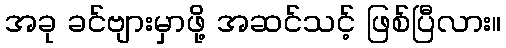
အခု ခင်ဗျားမှာဖို့ အဆင်သင့် ဖြစ်ပြီလား။